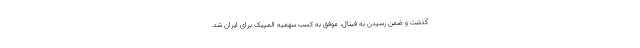
گذشت و ضمن رسیدن به فینال، موفق به کسب سهمیه المپیک برای ایران شد.